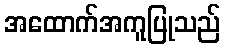
အထောက်အကူပြုသည်